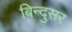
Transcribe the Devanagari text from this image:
बिन्दुसर